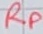
Text: RP